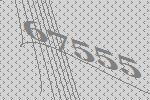
67555